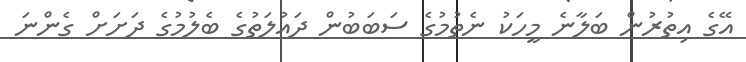
އޭގެ އިތުރުން ބަލާނެ މީހަކު ނެތުމުގެ ސަބަބުން ދައުލަތުގެ ބެލުމުގެ ދަށަށް ގެންނަ